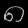
Digit: ၈